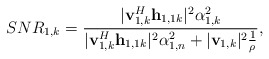
\begin{align*}&SNR_{1,k} = \frac{|\mathbf{v}_{1,k}^H\mathbf{h}_{1,1k}|^2 \alpha_{1,k}^2 }{ |\mathbf{v}_{1,k}^H\mathbf{h}_{1,1k}|^2 \alpha_{1,n}^2 + |\mathbf{v}_{1,k}|^2 \frac{1}{\rho}},\end{align*}